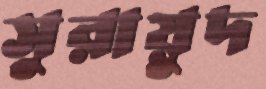
সুরায়ুদ